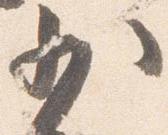
少